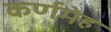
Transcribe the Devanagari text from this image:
कर्णमेह